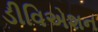
ડીવિએશન